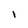
Character: l